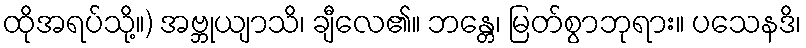
ထိုအရပ်သို့။) အဗ္ဘုယျာသိ၊ ချီလေ၏။ ဘန္တေ၊ မြတ်စွာဘုရား။ ပသေနဒိ၊